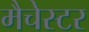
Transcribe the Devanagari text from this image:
मैचेस्टर